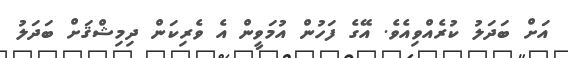
އަށް ބަދަލު ކުރެއްވިއެވެ. އޭގެ ފަހުން އުމަވީން އެ ވެރިކަން ދިމިޝްޤަށް ބަދަލު